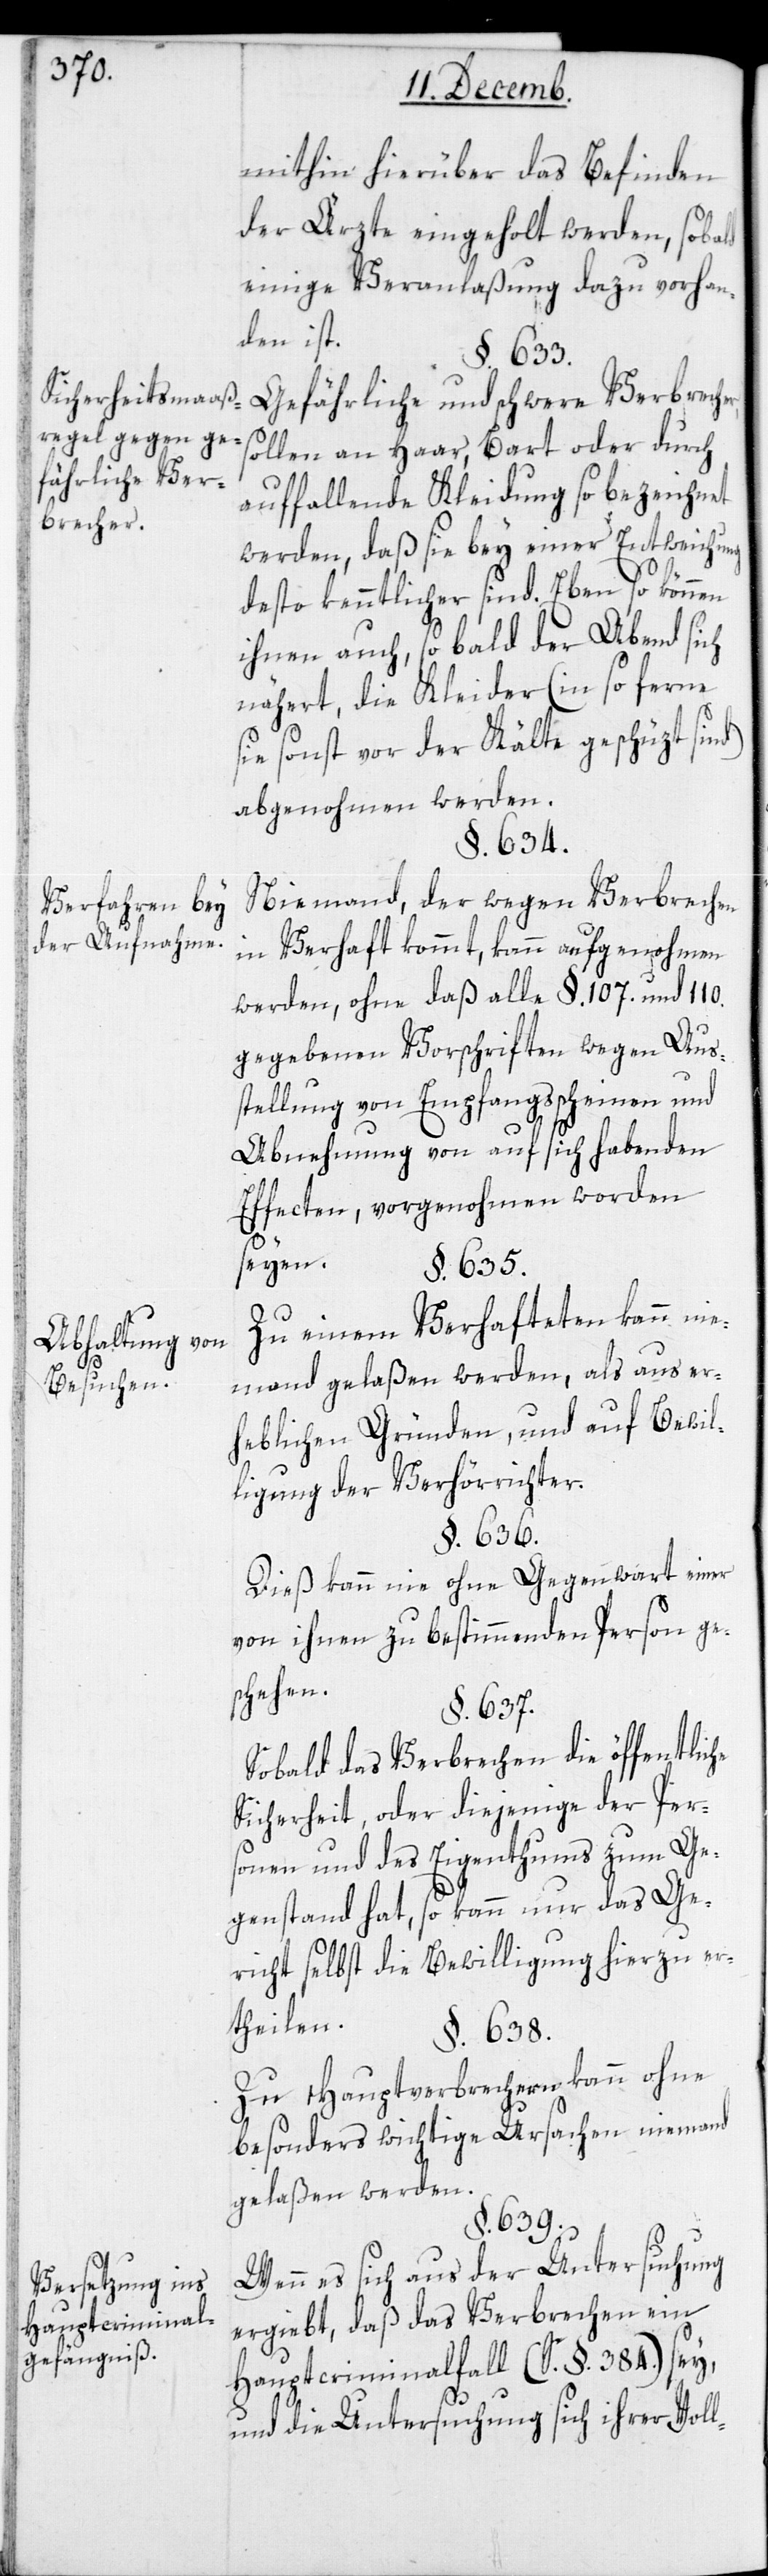
Sichtheitsmaaß¬
regel gegen ge¬
fährliche Ver¬
brecher.
Verfahren bey
der Aufnahme.
Abhaltung von
Besuchen.
Versetzung ins
Hauptcriminal¬
gefängniß.

mithin hierüber das Befinden
der Ärzte eingeholt werden, sobald
einige Veranlaßung dazu vorhan¬
den ist.
§. 633.
Gefährliche und schwere Verbrech¬
sollen an Haar, Bart oder durch
auffallende Kleidung so bezeichnet
werden, daß sie bey einer Entweichung
desto kenntlicher sind. Ebenso können
ihnen auch, so bald der Abend sich
nähert, die Kleider (in so ferne
sie sonst vor der Kälte geschüzt sind)
abgenohmen werden.
§. 634.
Niemand, der wegen Verbrechen
in Verhaft kommt, kann aufgenohmen
werden, ohne daß alle §. 107. und 110.
gegebenen Vorschriften wegen Aus¬
stellung von Empfangsscheinen und
Abnehmung von auf sich habenden
Effecten, vorgenohmen worden
seyen.
§. 635.
Zu einem Verhafteten kann nie¬
mand gelaßen werden, als aus er¬
heblichen Gründen und auf Bewil¬
ligung der Verhörrichter.
§. 636.
Dies kann nie ohne Gegenwart einer
von ihnen zu bestimmenden Person ge¬
schehen.
§. 637.
Sobald das Verbrechen die öffentliche
Sicherheit, oder diejenige der Per¬
sonen und des Eigenthums zum Ge¬
genstand hat, so kann nur das Ge¬
richt selbst die Bewilligung hierzu er¬
theilen.
§. 638.
Zu Hauptverbrechern kann ohne
besonders wichtige Ursache niemand
gelaßen werden.
§. 639.
Wenn es sich aus der Untersuchung
ergiebt daß das Verbrechen ein
Hauptcriminalfall (S. §. 384.) sey,
und die Untersuchung sich ihrer Voll-